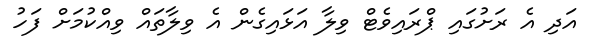
އަދި އެ ރަށުގައި ޕްރައިވެޓް ވިލާ އަޅައިގެން އެ ވިލާތައް ވިއްކުމަށް ފަހު